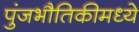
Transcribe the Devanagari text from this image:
पुंजभौतिकीमध्ये